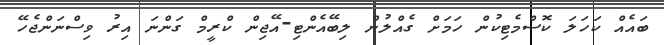
ބައެއް ކަހަލަ ކޮސްމެޓިކުން ހަމަށް ގެއްލުން ލިބޭއެންޓި-އޭޖިން ކްރީމް ގަންނަ އިރު ވިސްނަންޖެހޭ